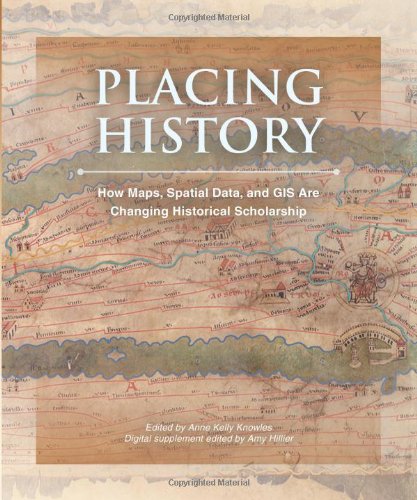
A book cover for Placing History: How Maps, Spatial Data, and GIS Are Changing Historical Scholarship; Science & Math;